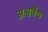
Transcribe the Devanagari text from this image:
अश्ववैद्य